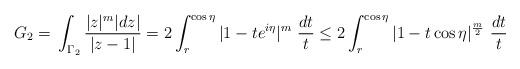
LaTeX: \begin{align*}G_{2}={}&\int_{\Gamma_{2}}\frac{|z|^{m}|dz|}{|z-1|}=2\int_{r}^{\cos\eta}|1-te^{i\eta}|^{m}\ \frac{dt}{t}\leq2\int_{r}^{\cos\eta}|1-t\cos\eta|^{\frac{m}{2}}\ \frac{dt}{t}\end{align*}